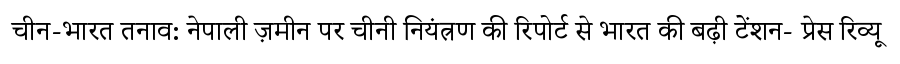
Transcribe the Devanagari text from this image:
चीन-भारत तनाव: नेपाली ज़मीन पर चीनी नियंत्रण की रिपोर्ट से भारत की बढ़ी टेंशन- प्रेस रिव्यू